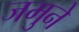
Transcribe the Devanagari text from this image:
जमुने